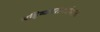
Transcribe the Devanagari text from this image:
बहिष्काराबरोबरच